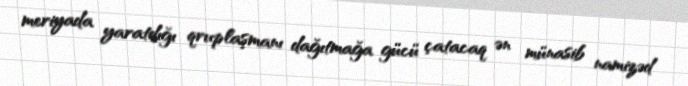
meriyada yaratdığı qruplaşmanı dağıtmağa gücü çatacaq ən münasib namizəd